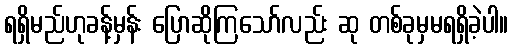
ရရှိမည်ဟုခန့်မှန်း ပြောဆိုကြသော်လည်း ဆု တစ်ခုမှမရရှိခဲ့ပါ။